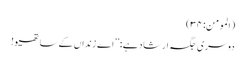
(المومن:۳۴)
دوسری جگہ ارشاد ہے: ’’اے زنداں کے ساتھیو!